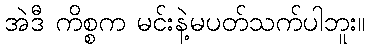
အဲဒီ ကိစ္စက မင်းနဲ့မပတ်သက်ပါဘူး။